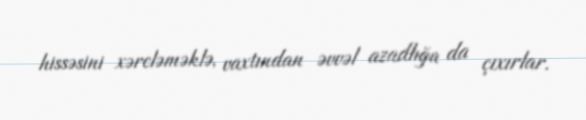
hissəsini xərcləməklə, vaxtından əvvəl azadlığa da çıxırlar.